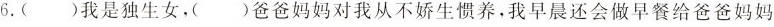
6.()我是独生女，()爸爸妈妈对我从不娇生惯养，我早晨还会做早餐给爸爸妈妈